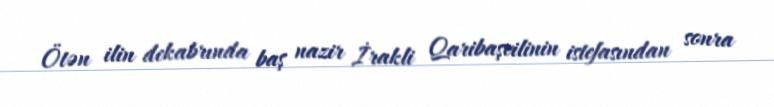
Ötən ilin dekabrında baş nazir İrakli Qaribaşvilinin istefasından sonra